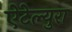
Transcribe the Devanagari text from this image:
ऐटेल्युरा